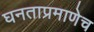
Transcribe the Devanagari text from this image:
घनताप्रमाणेच